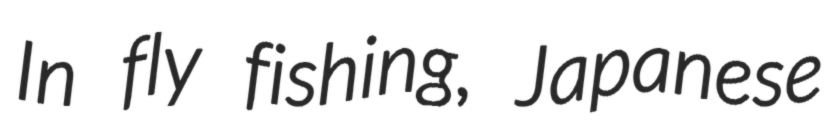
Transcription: In fly fishing, Japanese